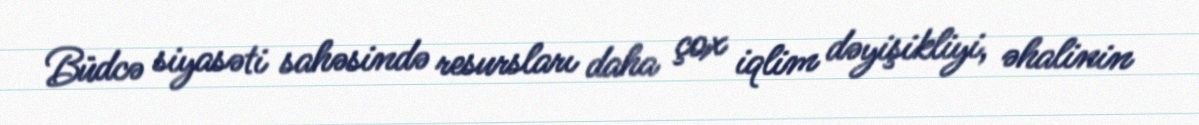
Büdcə siyasəti sahəsində resursları daha çox iqlim dəyişikliyi, əhalinin